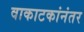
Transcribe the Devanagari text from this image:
वाकाटकांनंतर